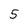
Character: 5